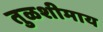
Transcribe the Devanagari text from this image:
तुळशीमाय